Indian journal of veterinary science and animal husbandry - Volume 6,
Year: 1936
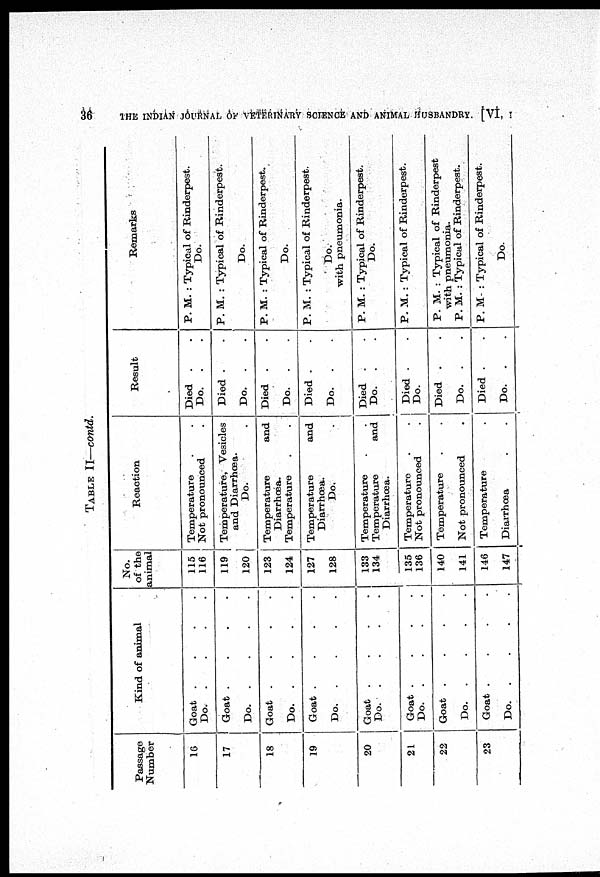
36
THE INDIAN JOURNAL OF VETERINARY SCIENCE AND ANIMAL HUSBANDRY. [VI, I
TABLE II—contd.
Passage
Number
16
17
18
19
20
21
22
23
Kind of animal
Goat
.
.
.
.
Do.
.
.
.
.
Goat
.
.
.
.
Do.
.
.
.
.
Goat
.
.
.
.
Do.
.
.
.
.
Goat
.
.
.
.
Do.
.
.
.
.
Goat
.
.
.
.
Do.
.
.
.
.
Goat
.
.
.
.
Do.
.
.
.
.
Goat
.
.
.
.
Do.
.
.
.
.
Goat
.
.
.
.
Do.
.
.
.
.
No.
of the
animal
115
116
119
120
123
124
127
128
133
134
135
136
140
141
146
147
Reaction
Temperature . .
Not pronounced .
Temperature, Vesicles
and Diarrhœa.
Do. .
Temperature and
Diarrhœa.
Temperature . .
Temperature and
Diarrhœa.
Do. .
Temperature . .
Temperature and
Diarrhœa.
Temperature . .
Not pronounced .
Temperature .
Not pronounced .
Temperature .
Diarrhœa . .
Result
Died . .
Do. . .
Died . .
Do. . .
Died . .
Do. . .
Died . .
Do. . .
Died . .
Do. . .
Died . .
Do.
Died . .
Do. . .
Died . .
Do. . .
Remarks
P. M. : Typical of Rinderpest.
Do.
P. M. : Typical of Rinderpest.
Do.
P. M. : Typical of Rinderpest.
Do.
P. M. : Typical of Rinderpest.
Do.
with pneumonia.
P. M. : Typical of Rinderpest.
Do.
P. M. : Typical of Rinderpest.
P. M. : Typical of Rinderpest
with pneumonia.
P. M. : Typical of Rinderpest.
P. M. : Typical of Rinderpest.
Do.